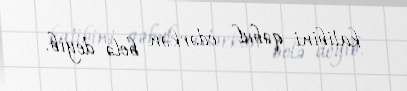
katibini qəbul edərkən belə deyib.